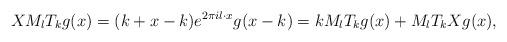
LaTeX: \begin{align*}X M_l T_k g(x) = (k+x-k)e^{2 \pi i l \cdot x} g(x-k) = k M_l T_k g(x) + M_l T_k X g(x),\end{align*}